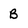
Character: B